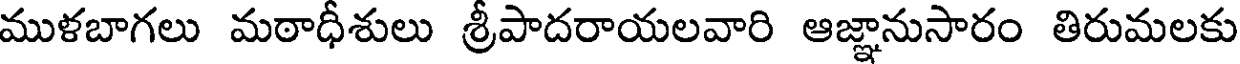
ముళబాగలు మఠాధీశులు శ్రీపాదరాయలవారి ఆజ్ఞానుసారం తిరుమలకు